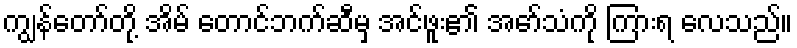
ကျွန်တော်တို့ အိမ် တောင်ဘက်ဆီမှ အင်ဖူး၏ အော်သံကို ကြားရ လေသည်။